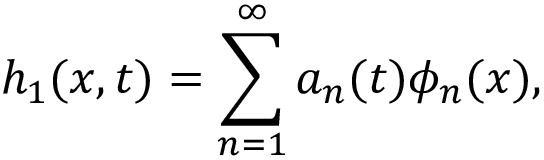
h _ { 1 } ( x , t ) = \sum _ { n = 1 } ^ { \infty } a _ { n } ( t ) \phi _ { n } ( x ) ,